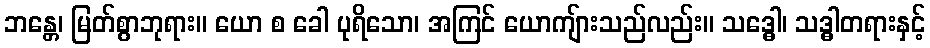
ဘန္တေ၊ မြတ်စွာဘုရား။ ယော စ ခေါ ပုရိသော၊ အကြင် ယောကျ်ားသည်လည်း။ သဒ္ဓေါ၊ သဒ္ဓါတရားနှင့်